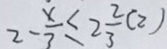
2 - \frac { x } { 3 } \leq 2 \frac { 2 } { 3 } ( 2 )